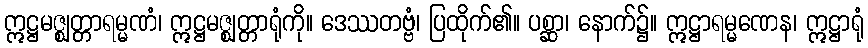
ဣဋ္ဌမဇ္ဈတ္တာရမ္မဏံ၊ ဣဋ္ဌမဇ္ဈတ္တာရုံကို။ ဒေဿတဗ္ဗံ၊ ပြထိုက်၏။ ပစ္ဆာ၊ နောက်၌။ ဣဋ္ဌာရမ္မဏေန၊ ဣဋ္ဌာရုံ